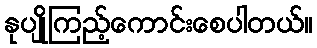
နုပျိုကြည့်ကောင်းစေပါတယ်။